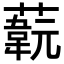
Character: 𦽞